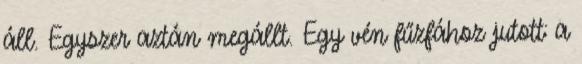
áll. Egyszer aztán megállt. Egy vén fűzfához jutott: a